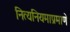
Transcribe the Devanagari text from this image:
नित्यनियमाप्रमाणे